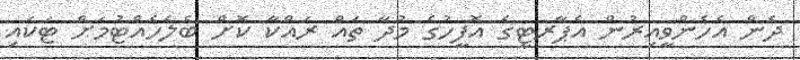
ދެން އެހެންވީއިރުން އެޕާރޓީގެ އޮފީހުގެ މުދާ ތައް ރައްކާ ކޮށް ބެލެހެއްޓުމަށް ޓަކައި